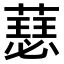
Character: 𫉝